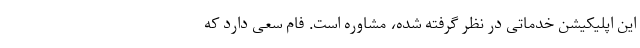
این اپلیکیشن خدماتی در نظر گرفته شده، مشاوره است. فام سعی دارد که